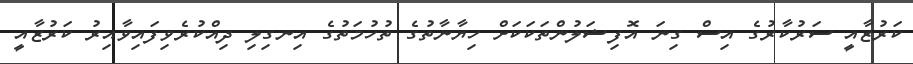
ކަރުޒާއީ ސަރުކާރުގެ އިސް ގިނަ އޮފިޝަލުންތަކަކަށް ހިޔާނާތުގެ ތުހުމަތުގެ އިނގިލި ދިއްކުރެވިފައިވާއިރު ކަރުޒާއީ